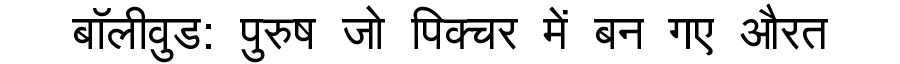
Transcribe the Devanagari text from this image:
बॉलीवुड: पुरुष जो पिक्चर में बन गए औरत